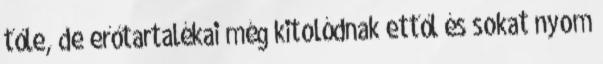
tőle, de erőtartalékai még kitolódnak ettől és sokat nyom